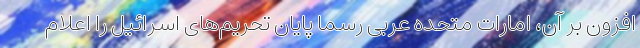
افزون بر آن، امارات متحده عربی رسما پایان تحریم‌های اسرائیل را اعلام